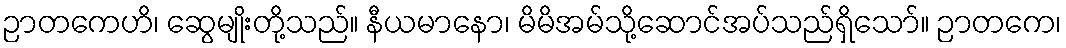
ဉာတကေဟိ၊ ဆွေမျိုးတို့သည်။ နီယမာနော၊ မိမိအမ်သို့ဆောင်အပ်သည်ရှိသော်။ ဉာတကေ၊